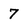
Character: 7